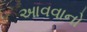
આવવાનો